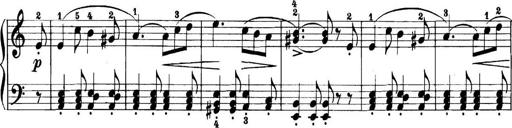
Title: 11 Sonatinas
Composer: Anton Diabelli